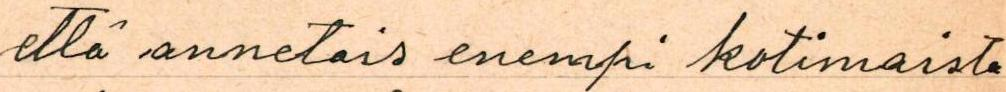
että annetais enempi kotimaista